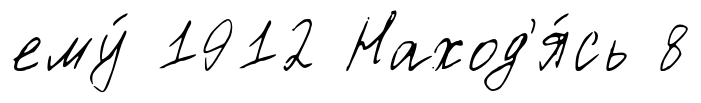
ему́ 1912 Наход'я́сь 8